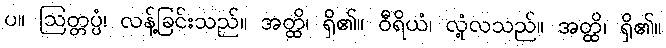
ပ။ ဩတ္တပ္ပံ၊ လန့်ခြင်းသည်။ အတ္ထိ၊ ရှိ၏။ ဝီရိယံ၊ လုံ့လသည်။ အတ္ထိ၊ ရှိ၏။